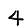
Digit: 4